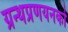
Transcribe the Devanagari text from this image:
ग्रन्थप्रणयनकाे